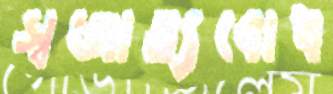
স্বজাত্যবোধ